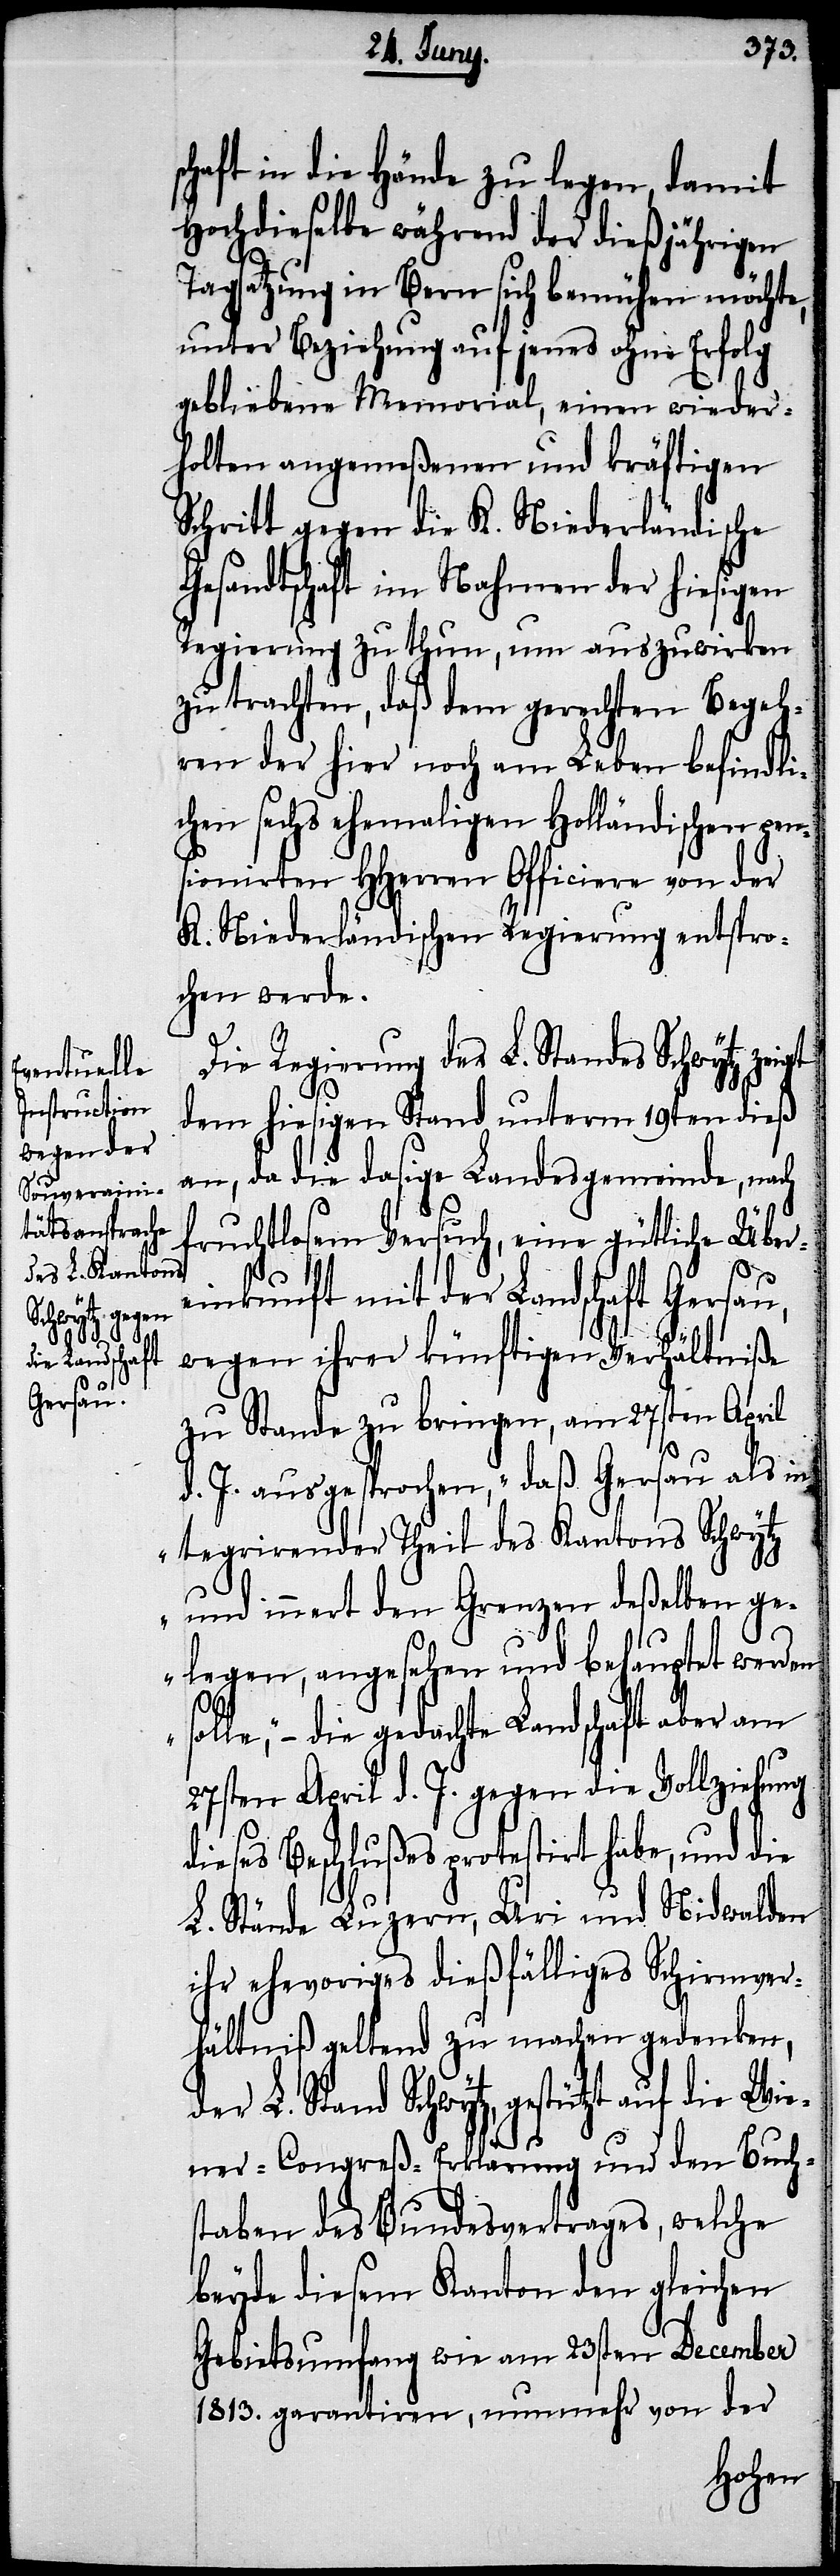
gt

schaft in die Hände zu legen, damit
Hochdieselbe während der dießjährigen
Tagsatzung in Bern sich bemühen möchte,
unter Beziehung auf jenes ohne Erfolg
gebliebene Memorial, einen wieder¬
holten angemeßenen und kräftigen
Schritt gegen die K. Niederländische
Gesandtschaft im Nahmen der hiesigen
Regierung zu thun, um auszuwirken
zu trachten, daß dem gerechten Begeh¬
ren der hier noch am Leben befindli¬
chen sechs ehemaligen Holländischen pen¬
sionirten HHerren Officiere von der
K. Niederländischen Regierung entspro¬
chen werde.
Die Regierung des L. Standes Schwytz zei¬
dem hiesigen Stand unterm 19ten dieß
an, da die dasige Landesgemeinde, nach
fruchtlosem Versuch, eine gütliche Über¬
einkunft mit der Landschaft Gersau,
wegen ihrer künftigen Verhältniße
zu Stande zu bringen, am 27sten April
d. J. ausgesprochen, „daß Gersau als in¬
tegrirender Theil des Kantons Schwytz
und innert den Grenzen deßelben ge¬
legen, angesehen und behauptet werden
die gedachte Landschaft aber am
27sten April d. J. gegen die Vollziehung
dieses Beschlußes protestirt habe, und die
L. Stände Luzern, Uri und Nidwalden
ihr ehevoriges dießfälliges Schirmver¬
hältniß geltend zu machen gedenken,
Stand Schwytz, gestützt auf die Wie¬
ner-Congreß-Erklärung und den Buch¬
staben des Bundesvertrages, welche
beyde diesem Kanton den gleichen
Gebietsumfang wie am 23sten December
1813. garantiren, nunmehr von der